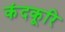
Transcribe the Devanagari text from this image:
कंदकूरि